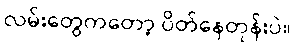
လမ်းတွေကတော့ ပိတ်နေတုန်းပဲ။